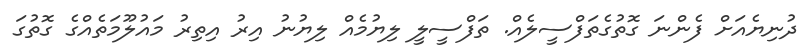
ދުނިޔެއަށް ފެންނަ ގޮތުގެތަފްސީލެއް. ތަފްސީލީ ލިޔުމެއް ލިޔުނު އިރު އިތިރު މައުލޫމަތެއްގެ ގޮތުގަ